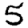
Digit: 5